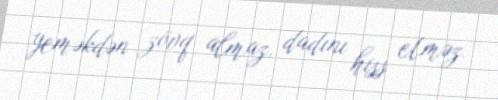
yeməkdən zövq almaz, dadını hiss etməz.